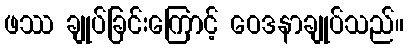
ဖဿ ချုပ်ခြင်းကြောင့် ဝေဒနာချုပ်သည်။